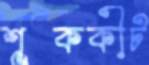
শূককীট